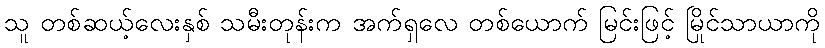
သူ တစ်ဆယ့်လေးနှစ် သမီးတုန်းက အက်ရှလေ တစ်ယောက် မြင်းဖြင့် မြိုင်သာယာကို